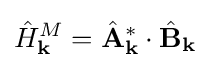
{\hat {H}}_{\mathbf {k} }^{M}={\hat {\mathbf {A} }}_{\mathbf {k} }^{*}\cdot {\hat {\mathbf {B} }}_{\mathbf {k} }